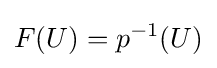
F(U)=p^{-1}(U)